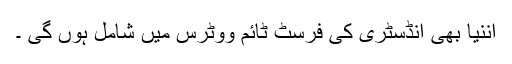
اننیا بھی انڈسٹری کی فرسٹ ٹائم ووٹرس میں شامل ہوں گی ۔